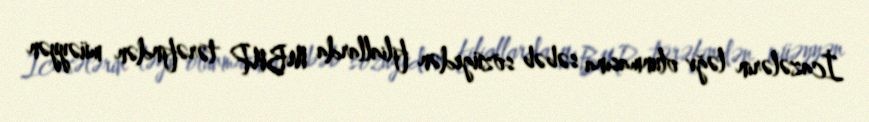
İcazələrin ləğv olunmasına səbəb sözügedən filiallarda MBNP tərəfindən müəyyən